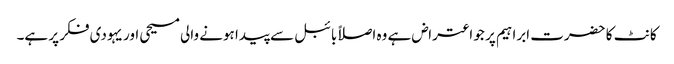
کانٹ کا حضرت ابراہیم پر جو اعتراض ہے وہ اصلاًبائبل سے پیدا ہونے والی مسیحی اور یہودی فکر پر ہے۔